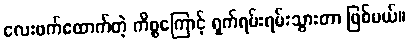
လေးဖက်ထောက်တဲ့ ကိစ္စကြောင့် ရှက်ရမ်းရမ်းသွားတာ ဖြစ်မယ်။